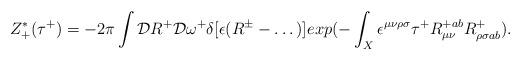
LaTeX: \begin{align*}Z^*_+(\tau^+) = -2 \pi \int {\cal D} R^+ {\cal D}\omega^+ \delta[\epsilon (R^{\pm} - \dots ) ] exp ( - \int_X \epsilon^{\mu \nu \rho\sigma}\tau^+R^{+ab}_{\mu \nu} R^+_{\rho \sigma ab} ).\end{align*}